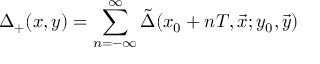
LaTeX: \Delta _ { + } ( x , y ) = \sum _ { n = - \infty } ^ { \infty } \tilde { \Delta } ( x _ { 0 } + n T , \vec { x } ; y _ { 0 } , \vec { y } )